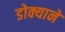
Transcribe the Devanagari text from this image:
डोक्याने